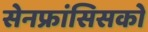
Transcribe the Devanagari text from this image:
सेनफ्रांसिसको